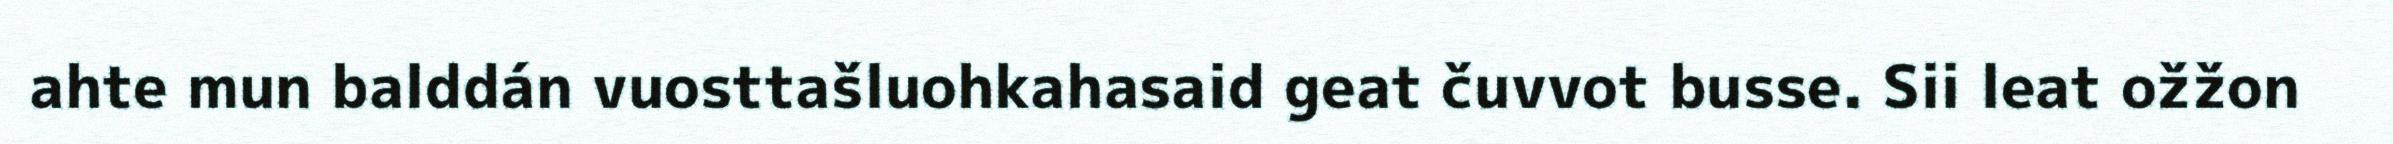
ahte mun balddán vuosttašluohkahasaid geat čuvvot busse. Sii leat ožžon